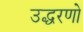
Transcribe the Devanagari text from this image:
उद्धरणो